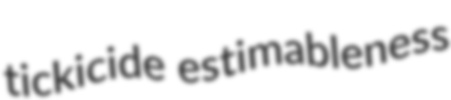
tickicide estimableness